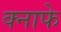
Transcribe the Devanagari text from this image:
क्नाफे